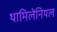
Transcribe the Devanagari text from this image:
थामिलेनियल